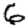
Digit: 6